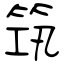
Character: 筑